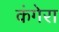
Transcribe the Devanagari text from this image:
कंगेरा